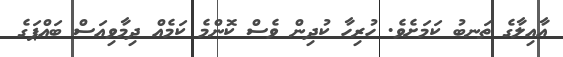
އާއިލާގެ ތަނބު ކަމަށެވެ. ހުރިހާ ކުދިން ވެސް ކޮންމެ ކަމެއް ދިމާވިއަސް ބައްޕަގެ